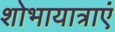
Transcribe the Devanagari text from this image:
शोभायात्राएं